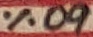
Text: 60%